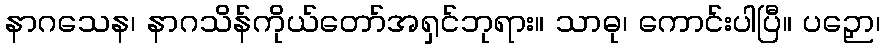
နာဂသေန၊ နာဂသိန်ကိုယ်တော်အရှင်ဘုရား။ သာဓု၊ ကောင်းပါပြီ။ ပဉှော၊